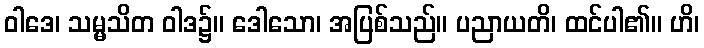
ဝါဒေ၊ သမ္မသိတ ဝါဒ၌။ ဒေါသော၊ အပြစ်သည်။ ပညာယတိ၊ ထင်ပါ၏။ ဟိ၊